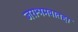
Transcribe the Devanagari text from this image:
जराश्रमवातहा